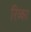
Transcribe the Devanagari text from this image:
रिव्का